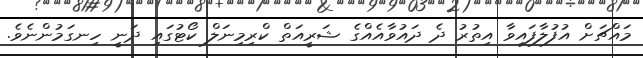
މައްޗަށް އުފުލާފައިވާ އިތުރު ދެ ދައުވާއެއްގެ ޝަރީއަތް ކްރިމިނަލް ކޯޓުގައި ދަނީ ހިނގަމުންނެވެ.